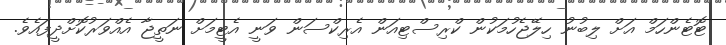
ޓޮޓެންހަމް އަށް ލިބުނު ހިލޭޖެހުމަކުން ކްރިސްޓިއަން އެރިކްސަން ވަނީ އެޓީމަށް ނަތީޖާ އެއްވަރުކޮށްދީފައެވެ.